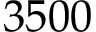
3 5 0 0